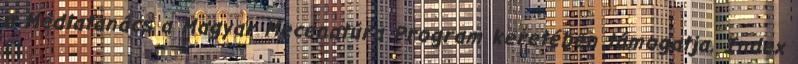
a Médiatanács a Magyar Mecenatúra Program keretében támogatja. Index